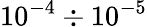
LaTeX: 10^{-4}\div 10^{-5}